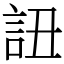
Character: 䚼